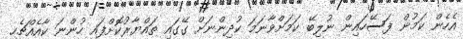
އެހެން ކަމުން ފަސޭހައިން ނުލިބޭ ކަމަށްވާނަމަ ކުދިންނަށް ގޭގައި ތައްޔާރުކޮށްފައި ހުންނަ ކާއެއްޗެހި